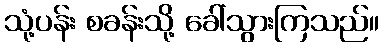
သုံ့ပန်း စခန်းသို့ ခေါ်သွားကြသည်။